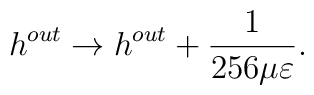
h^{out}\rightarrow h^{out}+\frac{1}{256 \mu \varepsilon}.